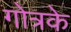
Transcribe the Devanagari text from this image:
गोत्रके